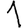
Digit: 1